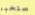
ستخبر